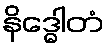
နိဒ္ဓေါတံ